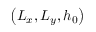
\left( L _ { x } , L _ { y } , h _ { 0 } \right)